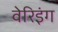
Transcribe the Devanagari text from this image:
वेरिइंग